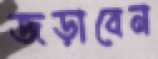
জড়াবেন